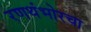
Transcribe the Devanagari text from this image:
रणथंभोरचा